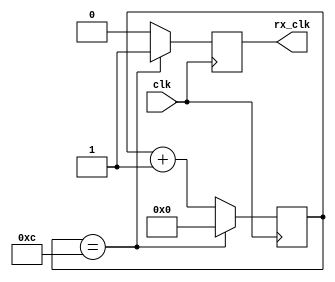
module baud_gen(
		input  clk,
		output rx_clk
		);
   
   reg [4:0] 	       div_cntr;
   reg 		       rx_en;
   
   
   always@(posedge clk)
     begin
	div_cntr <= div_cntr + 1;
	if (div_cntr == 12)
	  begin
	     div_cntr<=0;
	     rx_en <= 1;
	  end
	else rx_en<=0;  
     end
   assign rx_clk=rx_en;
   
endmodule // baud_gen


module serial_rx(
		 input 	      rx,
		 input 	      rx_clk,
		 output [7:0] data_in,
		 output       new_data_in
		 );

   reg [7:0] 		      Rx_data;
   reg [1:0] 		      in_mem;
   reg 			      start;
   reg [2:0] 		      syncro;		      
   wire 		      sync_clk=(syncro==7);
   reg [3:0] 		      state;

   initial 
     begin
	Rx_data<=0;
	in_mem<=3;
	state<=0;
	start<=1;
	
     end
   
   
   always@(posedge rx_clk)
     begin
	in_mem <= {in_mem[0],rx};
	if(in_mem == 3)start<=1;
	else if(in_mem==0) start<=0;

	if(state==0)syncro<=0;
	else syncro<=syncro+1;

	case(state)
	  4'b0000: if(start==0) state <= 4'b1000;
	  4'b1000: if(sync_clk) state <= 4'b1001;
	  4'b1001: if(sync_clk) state <= 4'b1010;
	  4'b1010: if(sync_clk) state <= 4'b1011;
	  4'b1011: if(sync_clk) state <= 4'b1100;
	  4'b1100: if(sync_clk) state <= 4'b1101;
	  4'b1101: if(sync_clk) state <= 4'b1110;
	  4'b1110: if(sync_clk) state <= 4'b1111;
	  4'b1111: if(sync_clk) state <= 4'b0001;
	  4'b0001: if(sync_clk) state <= 4'b0000;
	  default: state <= 4'b0000;
	endcase // case (state)
	if(sync_clk && state[3]) Rx_data <= {Rx_data[6:0],start}; 
	
     end // always@ (posedge rx_clk)

   
   assign data_in=Rx_data;
   assign new_data_in=(state==0);
   
endmodule // serial_rx